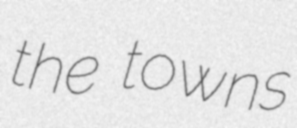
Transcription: the towns